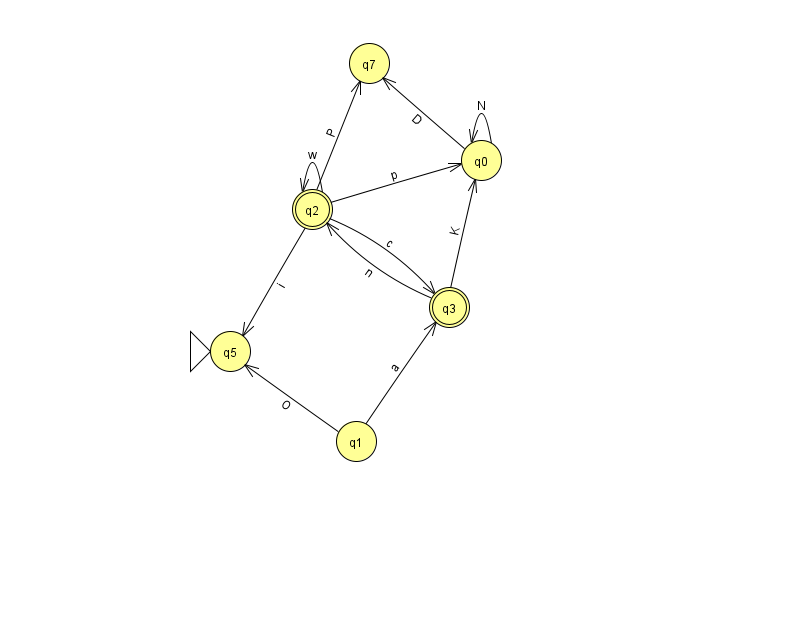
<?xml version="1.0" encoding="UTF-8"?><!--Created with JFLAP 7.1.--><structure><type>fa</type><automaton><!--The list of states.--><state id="0" name="q0"><x>481.0</x><y>147.0</y></state><state id="1" name="q1"><x>356.0</x><y>428.0</y></state><state id="2" name="q2"><x>312.0</x><y>196.0</y><final/></state><state id="3" name="q3"><x>449.0</x><y>294.0</y><final/></state><state id="5" name="q5"><x>230.0</x><y>338.0</y><initial/></state><state id="7" name="q7"><x>369.0</x><y>50.0</y></state><!--The list of transitions.--><transition><from>1</from><to>5</to><read>O</read></transition><transition><from>2</from><to>7</to><read>P</read></transition><transition><from>3</from><to>0</to><read>K</read></transition><transition><from>2</from><to>3</to><read>c</read></transition><transition><from>2</from><to>2</to><read>w</read></transition><transition><from>1</from><to>3</to><read>a</read></transition><transition><from>2</from><to>5</to><read>i</read></transition><transition><from>2</from><to>0</to><read>p</read></transition><transition><from>3</from><to>2</to><read>n</read></transition><transition><from>0</from><to>0</to><read>N</read></transition><transition><from>0</from><to>7</to><read>D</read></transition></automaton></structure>